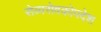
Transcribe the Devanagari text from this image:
सेव्यसेवकोपदेश